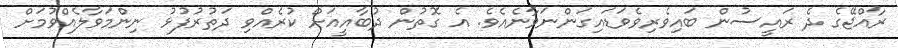
ރާއްޖޭގެ ދެ ރައީސުން ބައިވެރިވެވަޑައިގަންނަވާނެއެވެ. އެ ގޮތުން ދުބާއީއަށް ކުރެއްވި ދަތުރުފުޅު ނިންމަވާލެއްވުމަށް